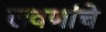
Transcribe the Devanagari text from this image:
लवणांचे